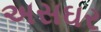
અસઘર